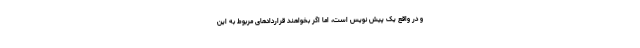
و در واقع یک پیش نویس است، اما اگر بخواهند قراردادهای مربوط به این